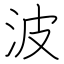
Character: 波